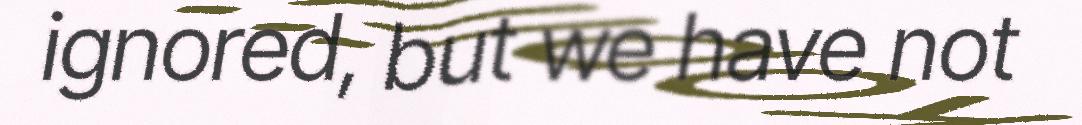
ignored, but we have not